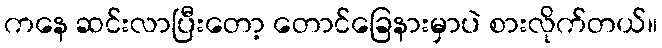
ကနေ ဆင်းလာပြီးတော့ တောင်ခြေနားမှာပဲ စားလိုက်တယ်။